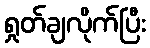
ရှုတ်ချလိုက်ပြီး